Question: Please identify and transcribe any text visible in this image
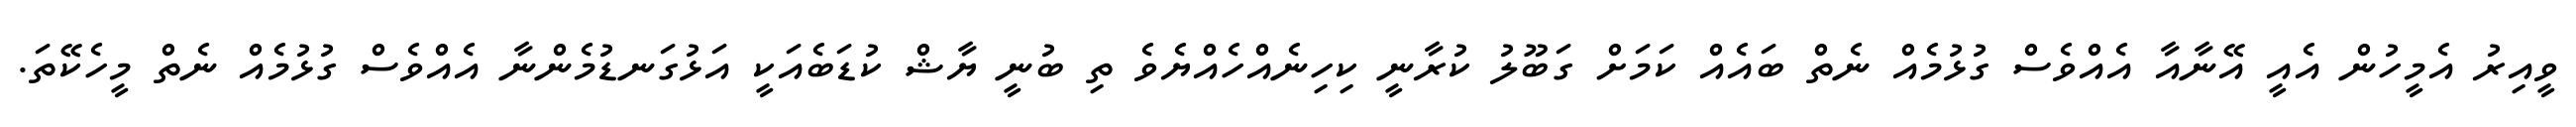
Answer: ވީއިރު އެމީހުން އެއީ އޭނާއާ އެއްވެސް ގުޅުމެއް ނެތް ބައެއް ކަމަށް ގަބޫލު ކުރާނީ ކިހިނެއްހެއްޔެވެ ތި ބުނީ ޔާޝް ކުޑަބެއަކީ އަޅުގަނޑުމެންނާ އެއްވެސް ގުޅުމެއް ނެތް މީހެކޭތަ.